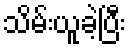
သိမ်းယူခဲ့ပြီး